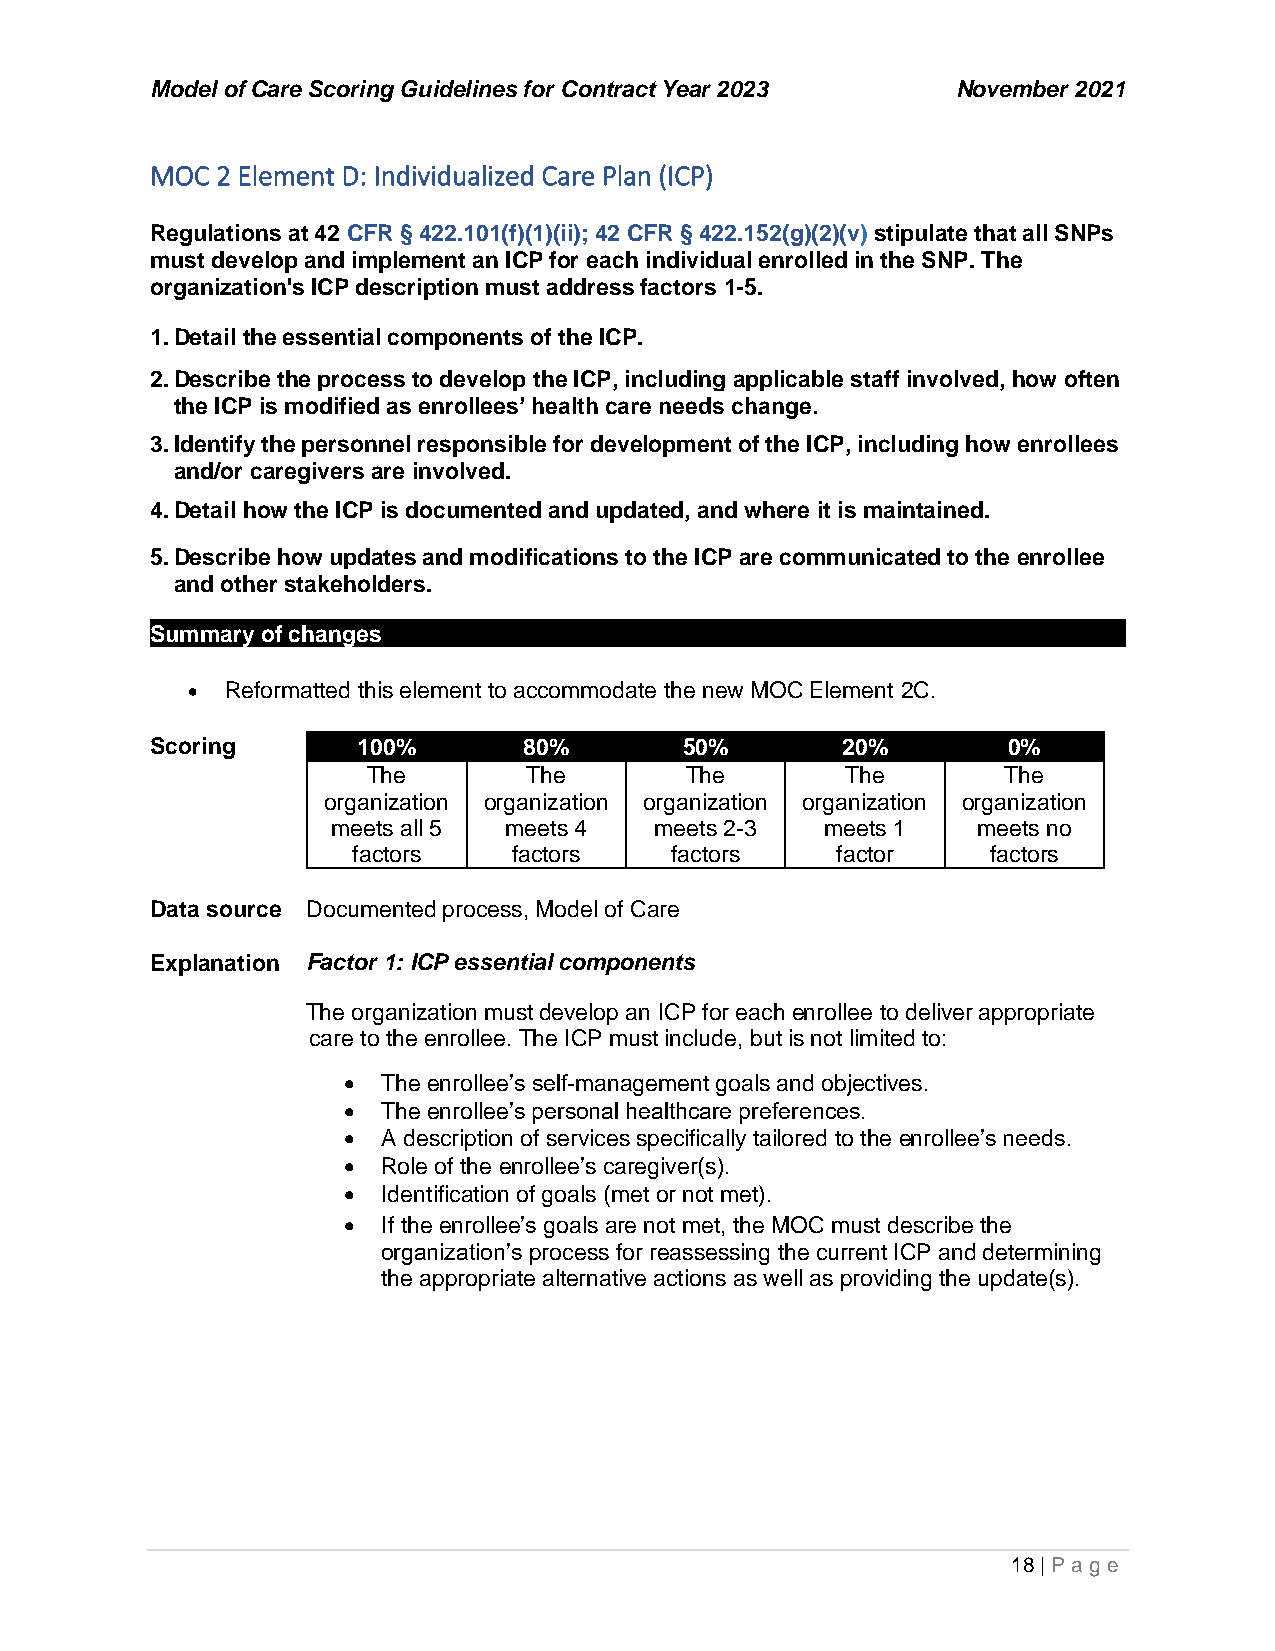
Model of Care Scoring Guidelines for Contract Year 2023 November 2021
 MOC 2 Element D: Individualized Care Plan (ICP)
 Regulations at 42 CFR § 422.101(f)(1)(ii); 42 CFR § 422.152(g)(2)(v) stipulate that all SNPs
 must develop and implement an ICP for each individual enrolled in the SNP. The
 organization's ICP description must address factors 1-5.
 1. Detail the essential components of the ICP.
 2. Describe the process to develop the ICP, including applicable staff involved, how often
 t he ICP is modified as enrollees’ health care needs change.
 3. Identify the personnel responsible for development of the ICP, including how enrollees
 a nd/or caregivers are involved.
 4. Detail how the ICP is documented and updated, and where it is maintained.
 5. Describe how updates and modifications to the ICP are communicated to the enrollee
 and other stakeholders.
 Summary of changes
 •  Reformatted this element to accommodate the new MOC Element 2C.
 Scoring       100%       80%       50%        20%        0%
 The        The       The        The        The
 organization organization organization organization organization
 meets all 5 meets 4  meets 2-3   meets 1   meets no
 factors    factors   factors    factor     factors
 Data source Documented process, Model of Care
 E xplanation Factor 1: ICP essential components
 The organization must develop an ICP for each enrollee to deliver appropriate
 care to the enrollee. The ICP must include, but is not limited to:
 • The enrollee’s self-management goals and objectives.
 • The enrollee’s personal healthcare preferences.
 • A description of services specifically tailored to the enrollee’s needs.
 • Role of the enrollee’s caregiver(s).
 • Identification of goals (met or not met).
 • If the enrollee’s goals are not met, the MOC must describe the
 organization’s process for reassessing the current ICP and determining
 the appropriate alternative actions as well as providing the update(s).
 18 | P age